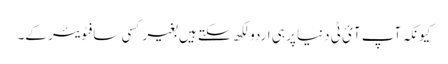
کیونکہ آپ آئ ٹی دنیا پر ہی اردو لکھ سکتے ہیں بغیر کسی سافٹویئر کے۔